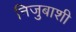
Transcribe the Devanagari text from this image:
निजुबाशी